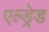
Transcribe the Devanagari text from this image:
एल्ड्रेड